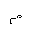
Letter: _mim